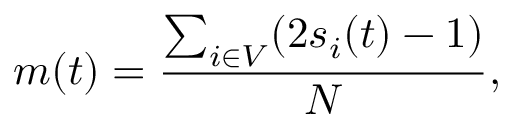
m ( t ) = \frac { \sum _ { \substack { i \in V } } ( 2 s _ { i } ( t ) - 1 ) } { N } ,